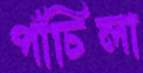
পাঁচিলা